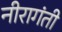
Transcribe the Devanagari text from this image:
नीरागंती